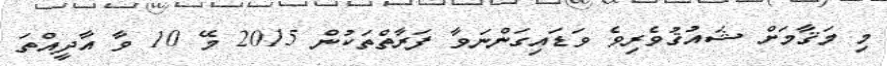
މި މަޤާމަށް ޝައުޤުވެރިވެ ވަޑައިގަންނަވާ ފަރާތްތަކުން 2015 މޭ 10 ވާ އާދީއްތަ